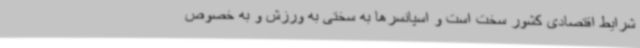
شرایط اقتصادی کشور سخت است و اسپانسرها به سختی به ورزش و به خصوص